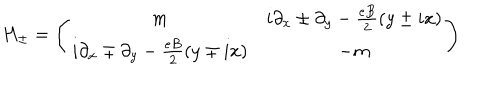
H _ { \pm } = \left( \begin{array} { c c } { { m } } & { { i \partial _ { x } \pm \partial _ { y } - \frac { e B } { 2 } ( y \pm i x ) } } \\ { { i \partial _ { x } \mp \partial _ { y } - \frac { e B } { 2 } ( y \mp i x ) } } & { { - m } } \\ \end{array} \right)